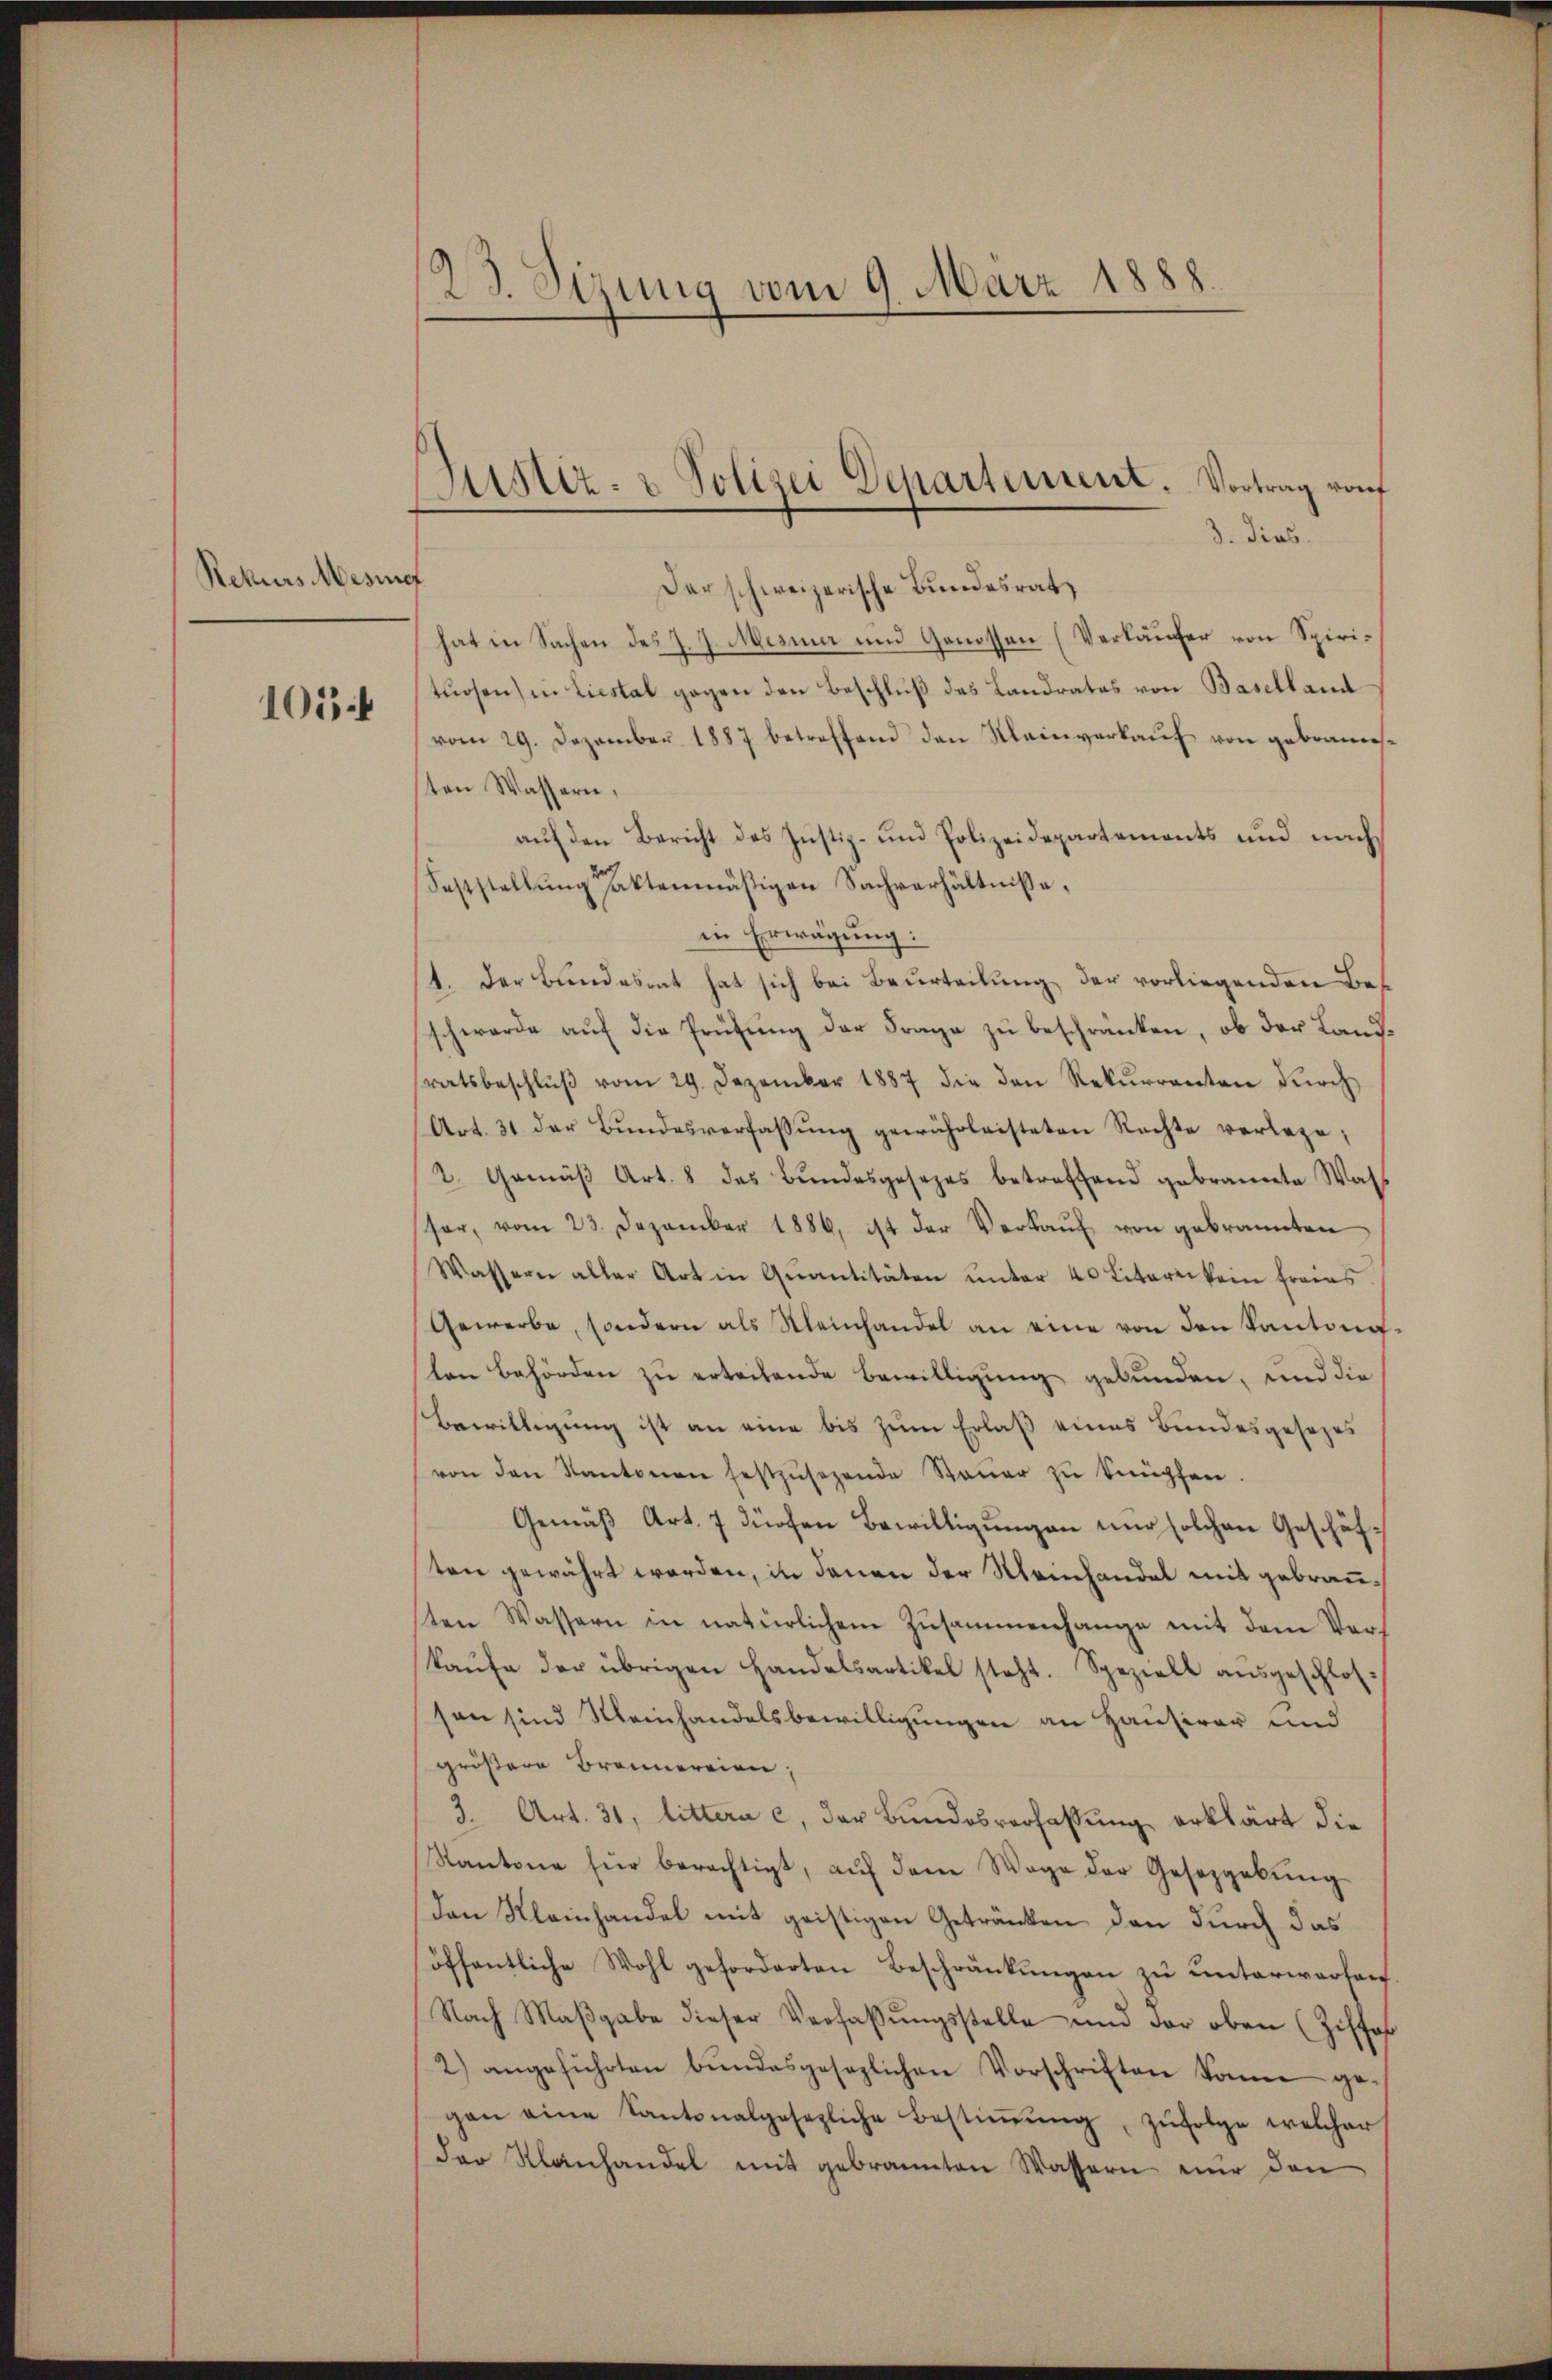
Rekurs Mesnef
105

23. Sizung vom 9. März 1888.

Kister- u Polizei Departement. Vortrag von

3. dies.
Der schweizerische Bundesrat
hat in Sachen des J. J. Mesner und Genossen (Verkäufer von Spirituosen) in Liestal gegen den Beschluß des Landrates von Baselland
(vom 29. Dezember 1887 betreffend den Meinverkauf von gebraunsten Wassern,
auf den Bericht des Justiz- und Polizeidepartements und nach
Feststellŭng faktenmäßigen Sachverhältnisse,
in Erwägung:
1. Der Bundesrat hat sich bei Beurteilung der vorliegenden Beschwerde auf die Prüfung der Frage zu beschränken, ob der Landratsbeschlŭβ vom 29. Dezember 1887 die den Rekŭrrenten dŭrch
Art. 31 der Bŭndesverfassŭng gewährleisteten Rechte verlege;
2. Gemäβ Art. 8 das Bŭndesgesezes betreffend gebrannte Wass
ser, vom 23. Dezember 1886, ist der Verkaŭf von gebrannten
Wassern aller Art in Quantitäten unter 40 Literei kein freies
Gewerbe, sondern als Meinhandel an eine von den Kantone.
ten Behörden zu erteilende Bewilligung gebunden, und die
Bewilligung ist an eine bis zum Erlaß eines Bundesgesezes
von den Kantonen festzŭsezende Steŭer zŭ knüpfen.
Gemäß Art. 7 dürfen Bewilligungen nur solchen Geschäften gewährt worden, in denen der Meinhandel mit gebrausten Wassern in natürlichem Zusammenhange mit dem Verkaŭfe der übrigen Handelsartikel steht. Speziell aŭsgeschlos-
sen sind Meinhandelsbewilligungen an Hausirer und
größere Brennereien;
3. Art. 31, littera c. der Bundesverfassung erklärt die
Kantone für berechtigt, aŭf dem Wage der Gesetzgebŭng
Den Kleinhandel mit geistigen Getränken den durch das
öffentliche Wohl geforderten Beschränkungen zu unterwarten.
Nach Maβgabe dieser Verfassŭngsstelle und der oben (Ziffer
2) angeführten bŭndesgesezlichen Vorschriften könne ge-
gan eine Kantonalgesezliche Bestiṁŭng, zŭfolge welcher
der Klanhandel mit gebrannten Wassern nur den